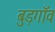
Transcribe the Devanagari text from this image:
बुड़गाँव